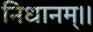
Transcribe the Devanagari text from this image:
निधानम्।।